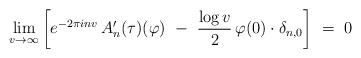
LaTeX: \begin{align*}\lim_{v \to \infty} \left[ e^{- 2 \pi i n v} \, A'_{n}(\tau)(\varphi) \ - \ \frac{\log v}{2} \, \varphi(0) \cdot \delta_{n,0} \right] \ = \ 0\end{align*}